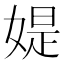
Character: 媞